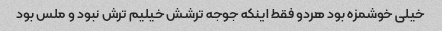
خیلی خوشمزه بود هردو فقط اینکه جوجه ترشش خیلیم ترش نبود و ملس بود